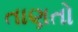
તાણતો